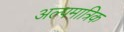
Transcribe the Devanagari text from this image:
अल्पमात्रिक